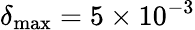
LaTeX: \delta_{\mathrm{max}}=5\times 10^{-3}